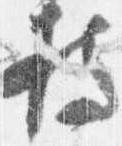
持